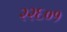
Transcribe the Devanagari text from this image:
२२६०१